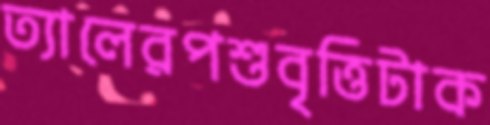
ত্যালেরপশুবৃত্তিটাক